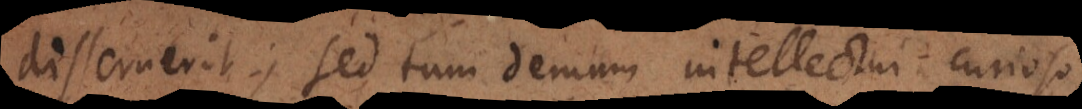
disseruerit; sed tum demum intellectui curioso